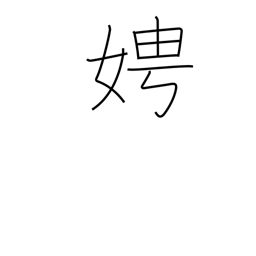
Meaning: ask after a woman's name